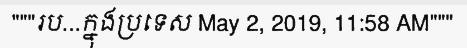
"""រប...ក្នុងប្រទេស May 2, 2019, 11:58 AM"""